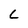
Character: c